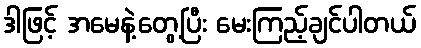
ဒါဖြင့် အမေနဲ့တွေ့ပြီး မေးကြည့်ချင်ပါတယ်